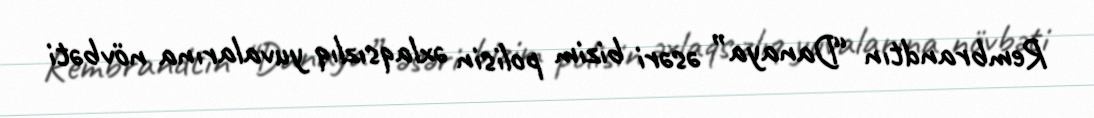
Rembrandtın “Danaya” əsəri bizim polisin əxlaqsızlıq yuvalarına növbəti